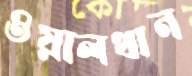
ওয়ালথান